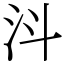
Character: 㳆